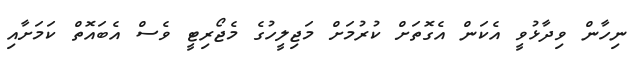
ނިހާން ވިދާޅުވީ އެކަން އެގޮތަށް ކުރުމަށް މަޖިލީހުގެ މެޖޯރިޓީ ވެސް އެބައޮތް ކަމަށާއި